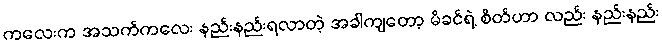
ကလေးက အသက်ကလေး နည်းနည်းရလာတဲ့ အခါကျတော့ မိခင်ရဲ့ စိတ်ဟာ လည်း နည်းနည်း